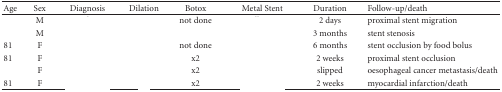
<table><thead><tr><td><b>Age</b></td><td><b>Sex</b></td><td><b>Diagnosis </b></td><td><b>Dilation</b></td><td><b>Botox </b></td><td><b>Metal Stent </b></td><td><b>Duration</b></td><td><b>Follow-up/death</b></td></tr></thead><tbody><tr><td>[EMPTY_CELL]</td><td>M</td><td>[EMPTY_CELL]</td><td>[EMPTY_CELL]</td><td>not done</td><td>[EMPTY_CELL]</td><td>2 days</td><td>proximal stent migration</td></tr><tr><td>[EMPTY_CELL]</td><td>M</td><td>[EMPTY_CELL]</td><td>[EMPTY_CELL]</td><td>[EMPTY_CELL]</td><td>[EMPTY_CELL]</td><td>3 months</td><td>stent stenosis</td></tr><tr><td>81</td><td>F</td><td>[EMPTY_CELL]</td><td>[EMPTY_CELL]</td><td>not done</td><td>[EMPTY_CELL]</td><td>6 months</td><td>stent occlusion by food bolus</td></tr><tr><td>81</td><td>F</td><td>[EMPTY_CELL]</td><td>[EMPTY_CELL]</td><td>x2</td><td>[EMPTY_CELL]</td><td>2 weeks</td><td>proximal stent occlusion</td></tr><tr><td>[EMPTY_CELL]</td><td>F</td><td>[EMPTY_CELL]</td><td>[EMPTY_CELL]</td><td>x2</td><td>[EMPTY_CELL]</td><td>slipped</td><td>oesophageal cancer metastasis/death</td></tr><tr><td>81</td><td>F</td><td>[EMPTY_CELL]</td><td>[EMPTY_CELL]</td><td>x2</td><td>[EMPTY_CELL]</td><td>2 weeks</td><td>myocardial infarction/death</td></tr></tbody></table>